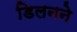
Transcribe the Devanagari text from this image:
डिलनने